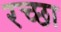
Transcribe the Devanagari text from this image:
रच्‍छा